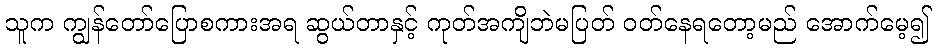
သူက ကျွန်တော်ပြောစကားအရ ဆွယ်တာနှင့် ကုတ်အကျိဘဲမပြတ် ဝတ်နေရတော့မည် အောက်မေ့၍